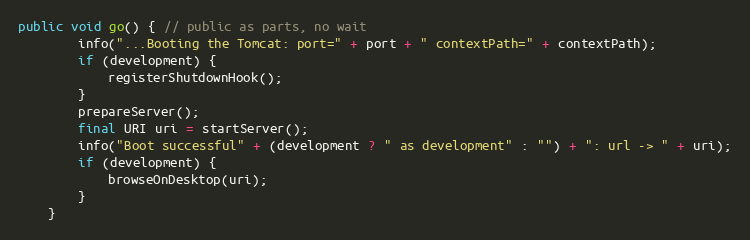
Language: Java
public void go() { // public as parts, no wait
        info("...Booting the Tomcat: port=" + port + " contextPath=" + contextPath);
        if (development) {
            registerShutdownHook();
        }
        prepareServer();
        final URI uri = startServer();
        info("Boot successful" + (development ? " as development" : "") + ": url -> " + uri);
        if (development) {
            browseOnDesktop(uri);
        }
    }